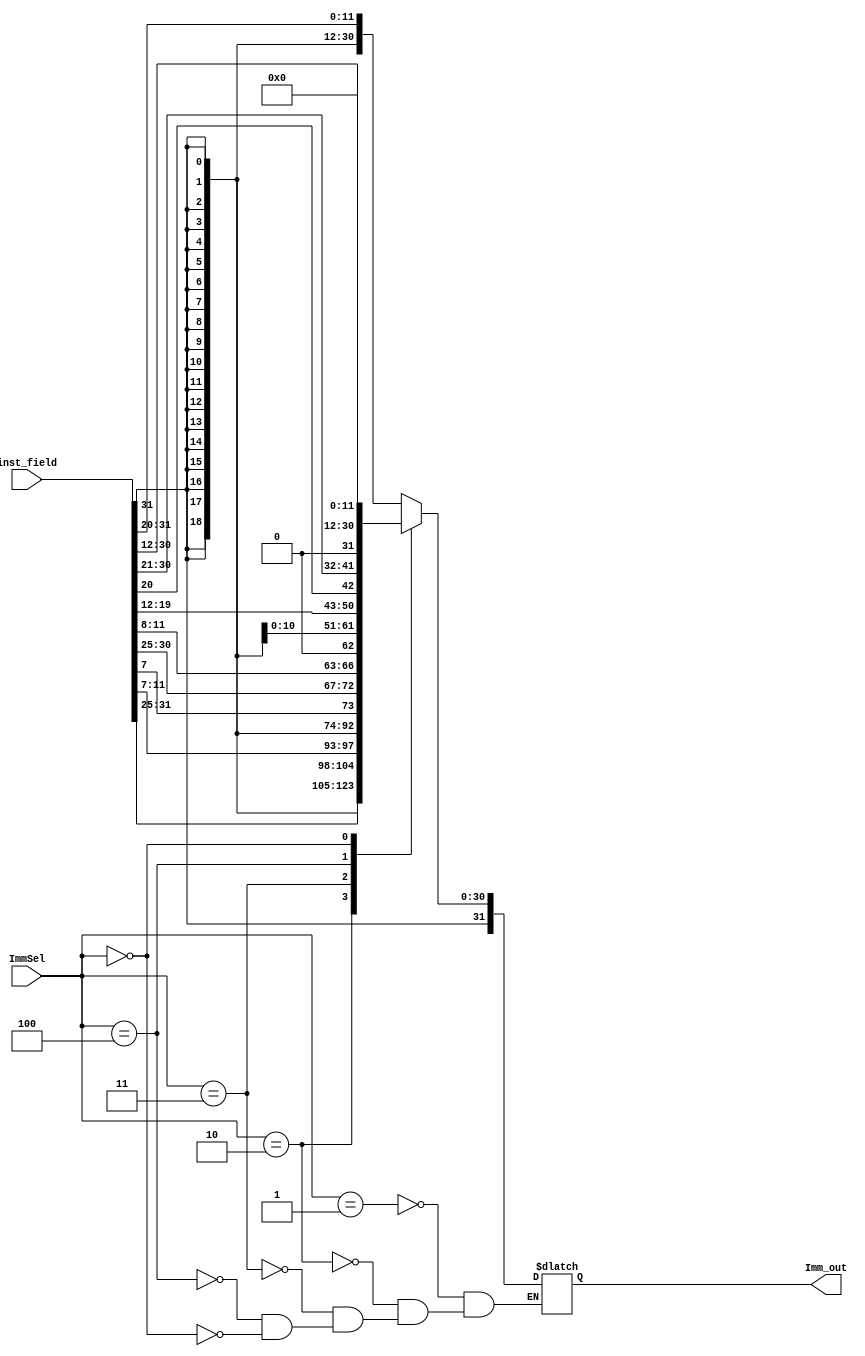
`timescale 1ns / 1ps
//////////////////////////////////////////////////////////////////////////////////
// Company: 
// Engineer: 
// 
// Design Name: 
// Module Name: ImmGen
// Project Name: 
// Target Devices: 
// Tool Versions: 
// Description: 
// 
// Dependencies: 
// 
// Revision:
// Revision 0.01 - File Created
// Additional Comments:
// 
//////////////////////////////////////////////////////////////////////////////////


module ImmGen(
    input [2:0]ImmSel,
    input [31:0]inst_field,
    output reg[31:0]Imm_out
    );
    always @(*)begin
        case (ImmSel)
            3'b001:Imm_out={{20{inst_field[31]}},inst_field[31:20]};
            3'b010:Imm_out={{20{inst_field[31]}},{inst_field[31:25]},{inst_field[11:7]}};
            3'b011:Imm_out={{20{inst_field[31]}},{inst_field[7]},{inst_field[30:25]},{inst_field[11:8]},1'b0};
            3'b100:Imm_out={{11{inst_field[31]}},{inst_field[31]},{inst_field[19:12]},{inst_field[20]},{inst_field[30:21]},1'b0};
            3'b000:Imm_out ={inst_field[31:12],12'h000};
        endcase
    end
endmodule